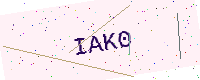
Text: IAK0